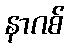
နာဂစ်